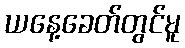
ယနေ့ခေတ်တွင်မူ